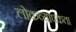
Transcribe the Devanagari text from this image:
लोकव्यापकता